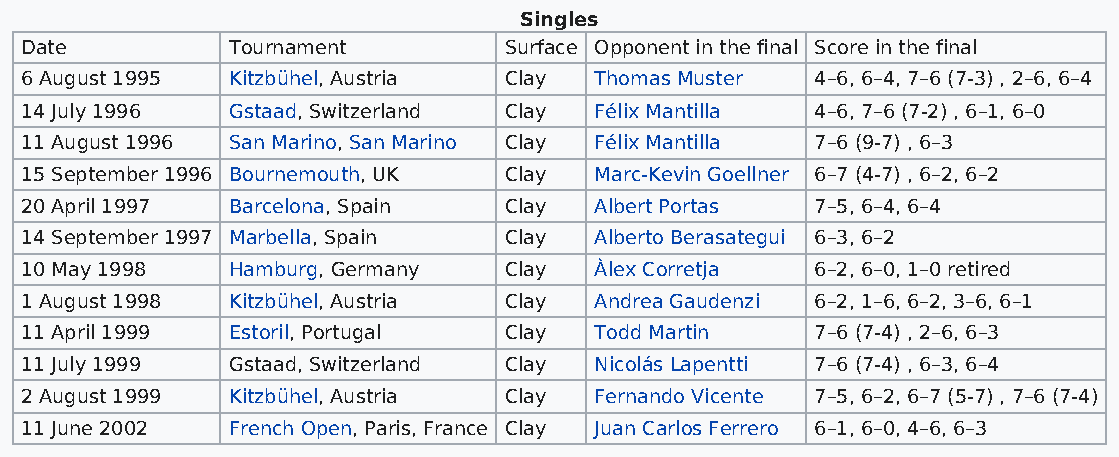
Singles
 Date          Tournament        Surface Opponent in the final Score in the final
 6 August 1995 Kitzbühel, Austria Clay Thomas Muster  4–6, 6–4, 7–6 (7-3) , 2–6, 6–4
 14 July 1996  Gstaad, Switzerland Clay Félix Mantilla 4–6, 7–6 (7-2) , 6–1, 6–0
 11 August 1996 San Marino, San Marino Clay Félix Mantilla 7–6 (9-7) , 6–3
 15 September 1996 Bournemouth, UK Clay Marc-Kevin Goellner 6–7 (4-7) , 6–2, 6–2
 20 April 1997 Barcelona, Spain  Clay  Albert Portas  7–5, 6–4, 6–4
 14 September 1997 Marbella, Spain Clay Alberto Berasategui 6–3, 6–2
 10 May 1998   Hamburg, Germany  Clay  Àlex Corretja  6–2, 6–0, 1–0 retired
 1 August 1998 Kitzbühel, Austria Clay Andrea Gaudenzi 6–2, 1–6, 6–2, 3–6, 6–1
 11 April 1999 Estoril, Portugal Clay  Todd Martin    7–6 (7-4) , 2–6, 6–3
 11 July 1999  Gstaad, Switzerland Clay Nicolás Lapentti 7–6 (7-4) , 6–3, 6–4
 2 August 1999 Kitzbühel, Austria Clay Fernando Vicente 7–5, 6–2, 6–7 (5-7) , 7–6 (7-4)
 11 June 2002  French Open, Paris, France Clay Juan Carlos Ferrero 6–1, 6–0, 4–6, 6–3